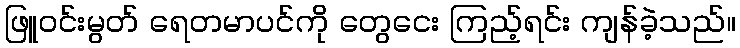
ဖြူဝင်းမွတ် ရေတမာပင်ကို တွေငေး ကြည့်ရင်း ကျန်ခဲ့သည်။